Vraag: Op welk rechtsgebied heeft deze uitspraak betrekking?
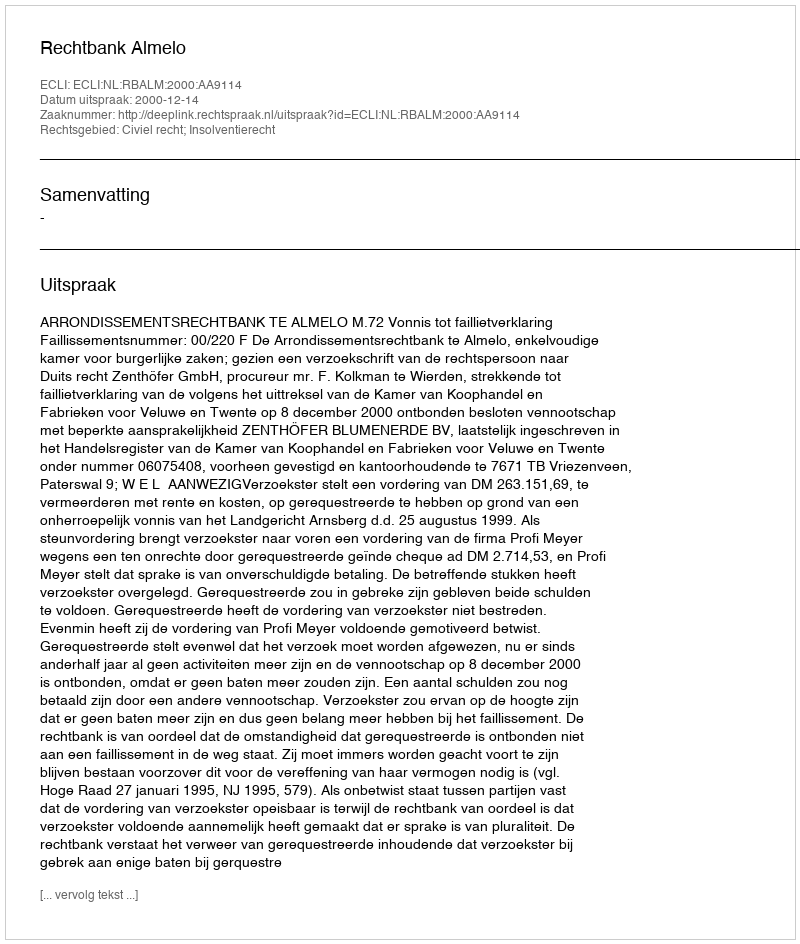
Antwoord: Civiel recht; Insolventierecht